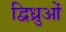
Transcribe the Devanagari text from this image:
द्विध्रुओं